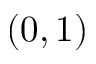
( 0 , 1 )